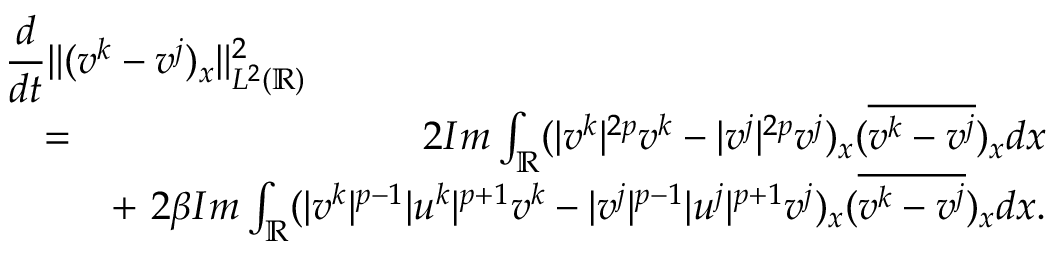
\begin{array} { r l r } { \lefteqn { \frac { d } { d t } \| ( v ^ { k } - v ^ { j } ) _ { x } \| _ { L ^ { 2 } ( \mathbb { R } ) } ^ { 2 } } } \\ & { = } & { 2 I m \int _ { \mathbb { R } } ( | v ^ { k } | ^ { 2 p } v ^ { k } - | v ^ { j } | ^ { 2 p } v ^ { j } ) _ { x } ( \overline { { v ^ { k } - v ^ { j } } } ) _ { x } d x } \\ & { } & { + \ 2 \beta I m \int _ { \mathbb { R } } ( | v ^ { k } | ^ { p - 1 } | u ^ { k } | ^ { p + 1 } v ^ { k } - | v ^ { j } | ^ { p - 1 } | u ^ { j } | ^ { p + 1 } v ^ { j } ) _ { x } ( \overline { { v ^ { k } - v ^ { j } } } ) _ { x } d x . } \end{array}